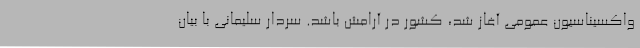
واکسیناسیون عمومی آغاز شد، کشور در آرامش باشد. سردار سلیمانی با بیان